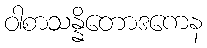
ဝါစာသန္နိတောဒကေန